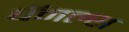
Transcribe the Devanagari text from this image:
चॅनल्स